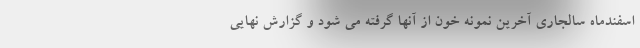
اسفندماه سالجاری آخرین نمونه خون از آنها گرفته می شود و گزارش نهایی